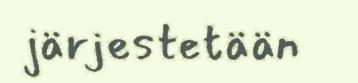
järjestetään